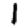
Digit: 1